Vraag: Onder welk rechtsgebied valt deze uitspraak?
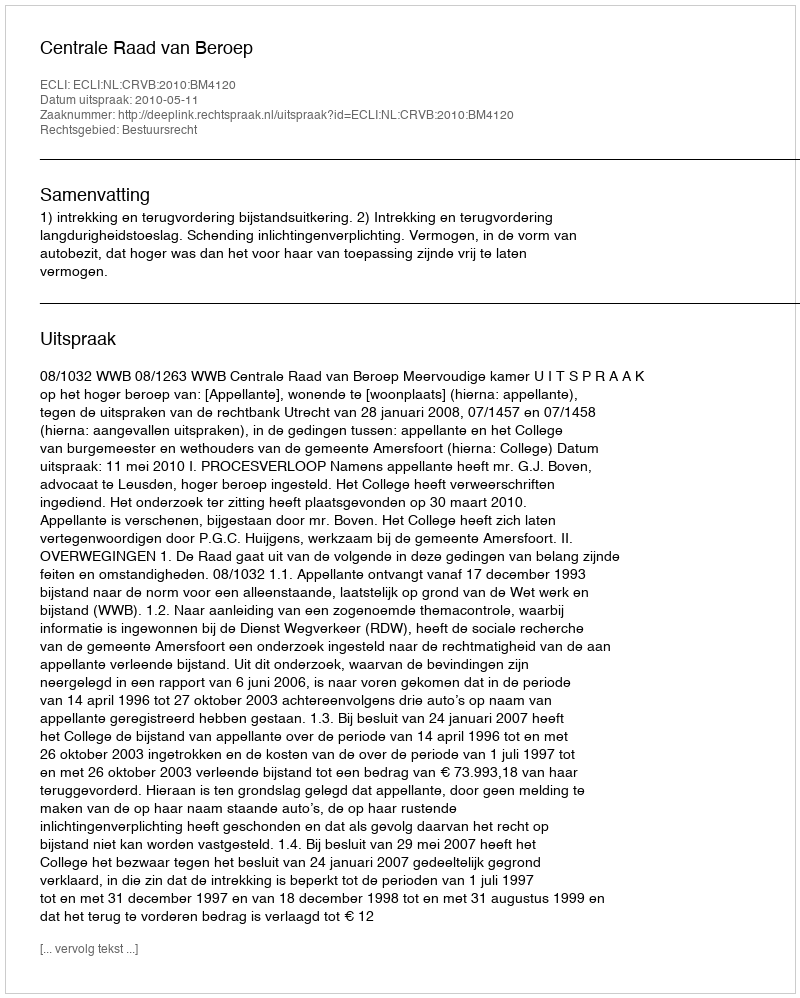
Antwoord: Bestuursrecht